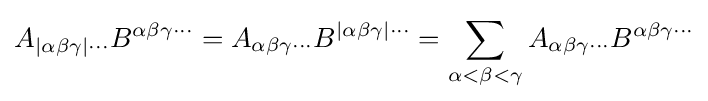
A_{|\alpha \beta \gamma |\cdots }B^{\alpha \beta \gamma \cdots }=A_{\alpha \beta \gamma \cdots }B^{|\alpha \beta \gamma |\cdots }=\sum _{\alpha <\beta <\gamma }A_{\alpha \beta \gamma \cdots }B^{\alpha \beta \gamma \cdots }